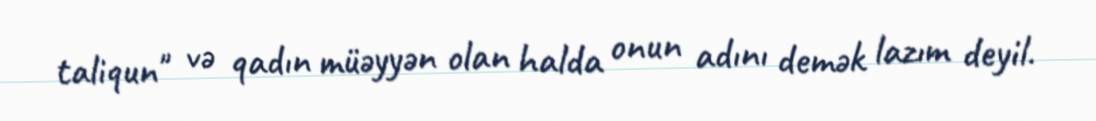
taliqun" və qadın müəyyən olan halda onun adını demək lazım deyil.